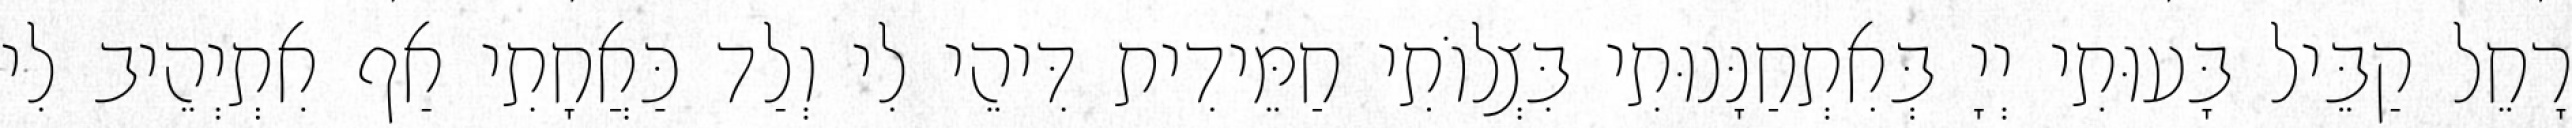
רָחֵל קַבֵּיל בָּעוּתִי יְיָ בְּאִתְחַנָּנוּתִי בִּצְלוֹתִי חַמֵּידִית דִּיהֵי לִי וְלַד כַּאֲחָתִי אַף אִתְיְהֵיב לִי